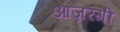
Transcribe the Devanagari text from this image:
आज़रगी